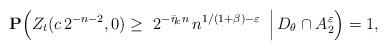
LaTeX: \begin{align*}\mathbf{P}\Big(Z_t(c\,2^{-n-2},0)\geq \ 2^{-\bar{\eta}_{\mathrm{c}}n}\,n^{1/(1+\beta)-\varepsilon}\ \,\Big|\,D_{\theta}\cap A_2^\varepsilon\Big)=1,\end{align*}